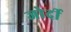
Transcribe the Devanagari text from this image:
जोर्दी